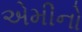
એમીનો